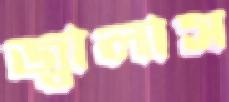
জ্বালাস